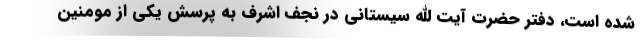
شده است، دفتر حضرت آیت الله سیستانی در نجف اشرف به پرسش یکی از مومنین